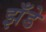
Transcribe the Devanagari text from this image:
झँडे